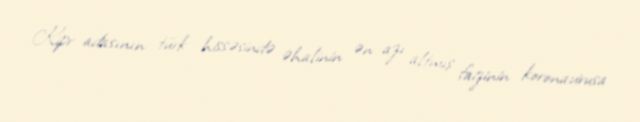
Kipr adasının türk hissəsində əhalinin ən azı altmış faizinin koronavirusa